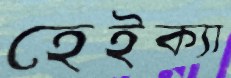
হেইক্যা